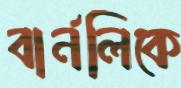
বার্নলিকে